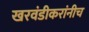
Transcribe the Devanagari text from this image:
खरवंडीकरांनीच